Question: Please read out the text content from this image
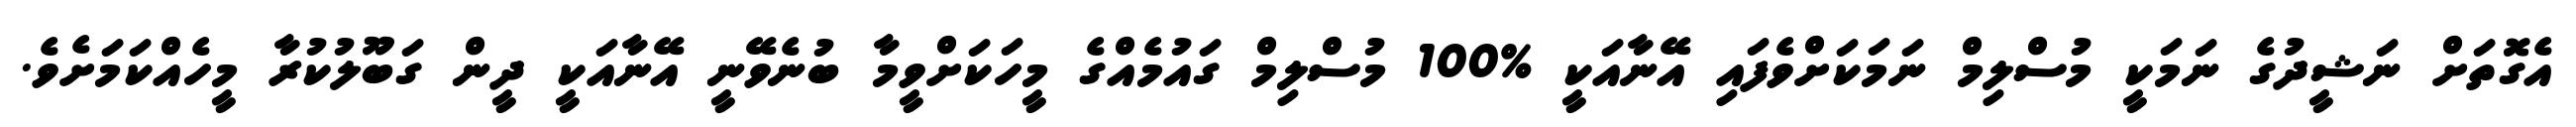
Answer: އެގޮތަށް ނަޝީދުގެ ނަމަކީ މުސްލިމް ނަމަކަށްވެފައި އޭނާއަކީ %100 މުސްލިމް ގައުމެއްގެ މީހަކަށްވީމާ ބުނެވޭނީ އޭނާއަކީ ދީން ގަބޫލުކުރާ މީހެއްކަމަށެވެ.